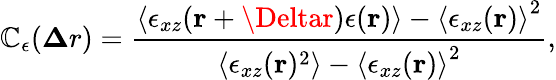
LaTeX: \mathbb{C}_{\epsilon}({\mathbf{\Delta}r})=\frac{{\left<\epsilon_{xz}({\mathbf{r}+\Deltar})\epsilon({\mathbf{r}})\right>-\left<\epsilon_{xz}({\mathbf{r}})\right>^{2}}}{{\left<\epsilon_{xz}({\mathbf{r}})^{2}\right>-\left<\epsilon_{xz}({\mathbf{r}})\right>^{2}}},